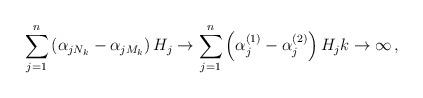
LaTeX: \begin{align*} \sum_{j=1}^n\left(\alpha_{jN_k}-\alpha_{jM_k}\right)H_j\to\sum_{j=1}^n\left(\alpha_j^{(1)}-\alpha_j^{(2)}\right)H_jk\to\infty\,,\end{align*}